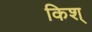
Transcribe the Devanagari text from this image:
किश्